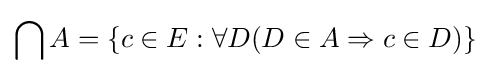
\bigcap A=\{c\in E:\forall D(D\in A\Rightarrow c\in D)\}